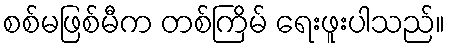
စစ်မဖြစ်မီက တစ်ကြိမ် ရေးဖူးပါသည်။